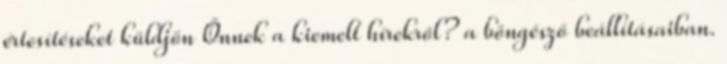
értesítéseket küldjön Önnek a kiemelt hírekről? a böngésző beállításaiban.